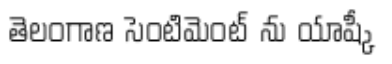
తెలంగాణ సెంటిమెంట్ ను యాష్కీ